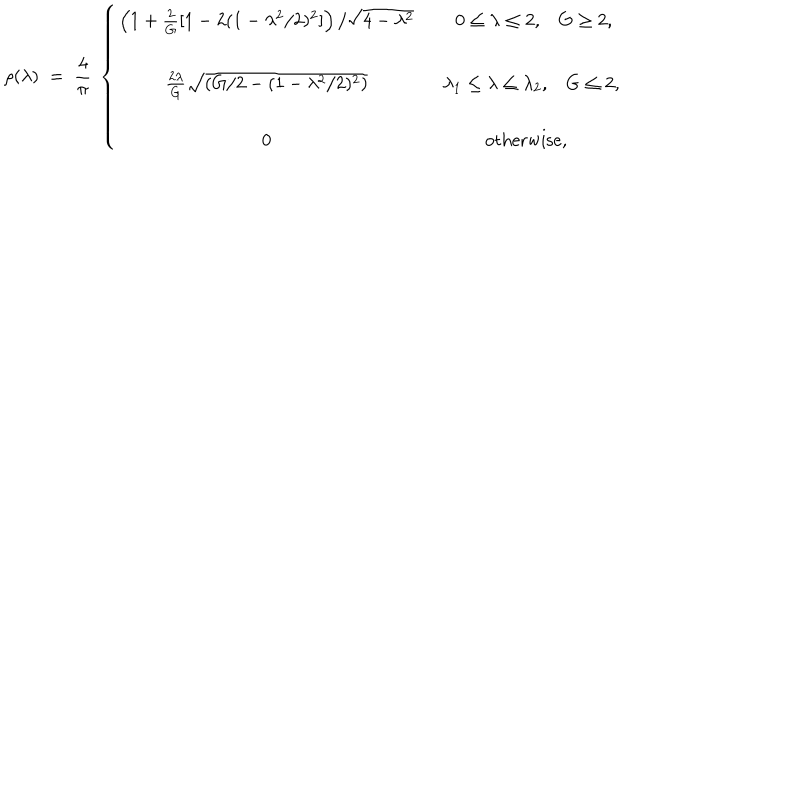
LaTeX: \rho ( \lambda ) \; = \; { \frac { 4 } { \pi } } \; \left\{ \begin{array} { c c } { { \left( 1 + { \frac { 2 } { G } } [ 1 - 2 ( 1 - \lambda ^ { 2 } / 2 ) ^ { 2 } ] \right) / \sqrt { 4 - \lambda ^ { 2 } } } } & { { 0 \leq \lambda \leq 2 , G \geq 2 , } } \\ { { { \frac { 2 \lambda } { G } } \sqrt { \left( G / 2 - ( 1 - \lambda ^ { 2 } / 2 ) ^ { 2 } \right) } } } & { { \; \; \lambda _ { 1 } \leq \lambda \leq \lambda _ { 2 } , G \leq 2 , } } \\ { { 0 } } & { { \mathrm { o t h e r w i s e } , } } \\ \end{array} \right.